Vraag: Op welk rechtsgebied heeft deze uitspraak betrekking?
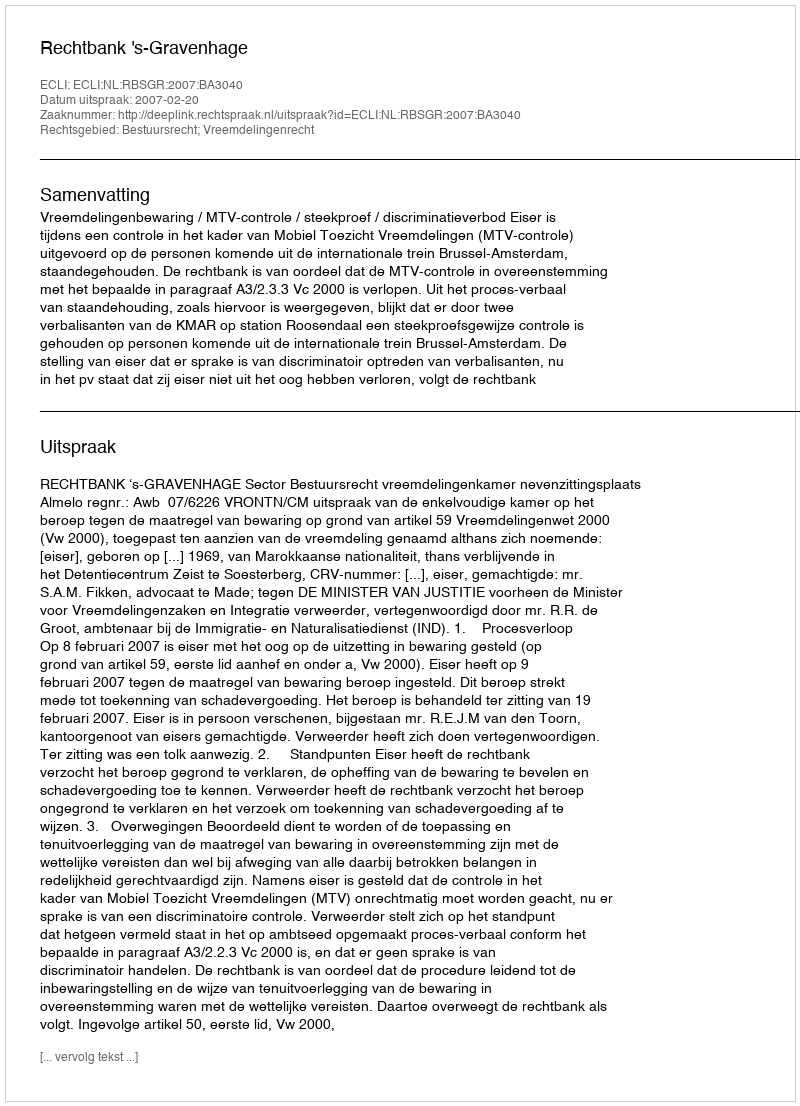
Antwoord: Bestuursrecht; Vreemdelingenrecht